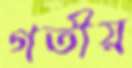
গতীয়